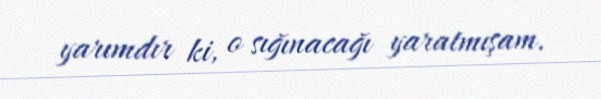
yarımdır ki, o sığınacağı yaratmışam.